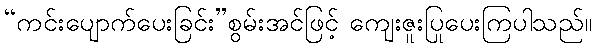
“ကင်းပျောက်ပေးခြင်း”စွမ်းအင်ဖြင့် ကျေးဇူးပြုပေးကြပါသည်။